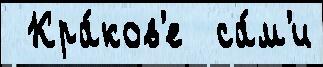
 Кра́ков'е  са́м'и